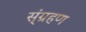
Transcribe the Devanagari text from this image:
स्ंग्रहण